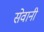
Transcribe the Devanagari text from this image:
सेवानी